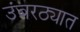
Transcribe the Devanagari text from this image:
उंबरठ्यात